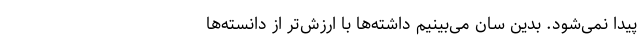
پیدا نمی‌شود. بدین سان می‌بینیم داشته‌ها با ارزش‌تر از دانسته‌ها